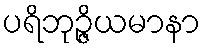
ပရိဘုဉ္ဇိယမာနာ